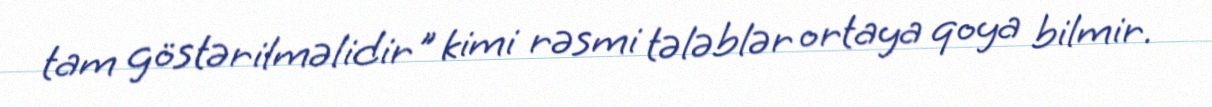
tam göstərilməlidir" kimi rəsmi tələblər ortaya qoya bilmir.